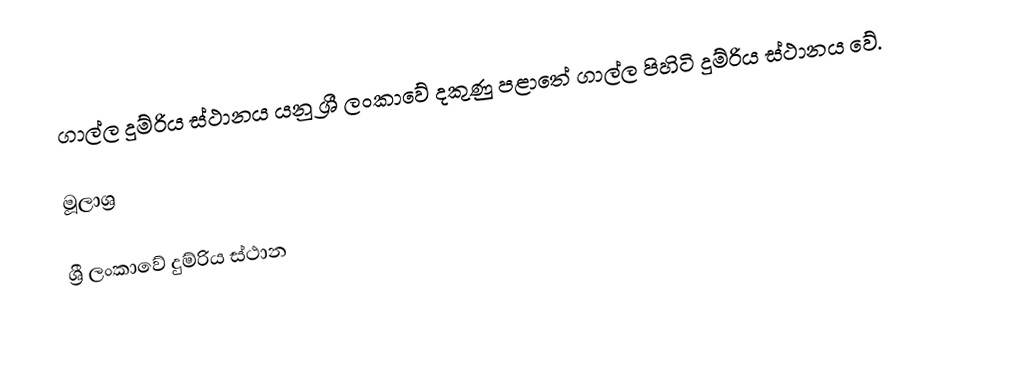
ගාල්ල දුම්රිය ස්ථානය යනු ශ්‍රී ලංකාවේ දකුණු පළාතේ ගාල්ල පිහිටි දුම්රිය ස්ථානය වේ.

මූලාශ්‍ර

ශ්‍රී ලංකාවේ දුම්රිය ස්ථාන